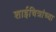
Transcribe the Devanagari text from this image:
शाईचित्रांच्या